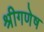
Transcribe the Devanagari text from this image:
श्रीगणेष